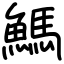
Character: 鰢